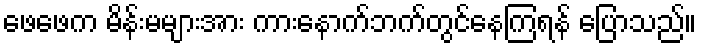
ဖေဖေက မိန်းမများအား ကားနောက်ဘက်တွင်နေကြရန် ပြောသည်။